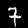
Digit: 7